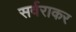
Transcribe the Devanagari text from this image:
सर्वराकर